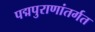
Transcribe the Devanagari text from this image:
पद्मपुराणांतर्गत